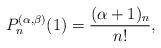
LaTeX: \begin{align*}P_n^{(\alpha,\beta)}(1) = \frac{(\alpha+1)_n}{n!},\end{align*}